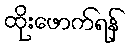
ထိုးဖောက်ရန်